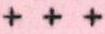
+++